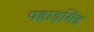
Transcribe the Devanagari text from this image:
पहाड़सिंह